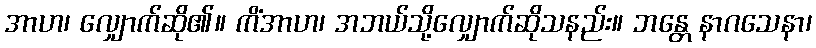
အာဟ၊ လျှောက်ဆို၏။ ကိံအာဟ၊ အဘယ်သို့လျှောက်ဆိုသနည်း။ ဘန္တေ နာဂသေနာ၊